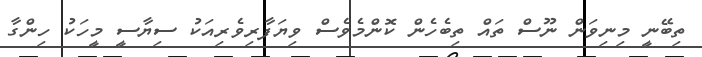
ތިބޭނީ މިނިވަން ނޫސް ތައް ތިބެހެން ކޮންމެވެސް ވިޔަފާރިވެރިއަކު ސިޔާސީ މީހަކު ހިންގާ